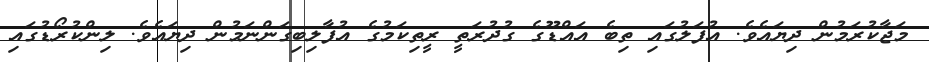
މަޖާކުރަމުން ދިޔައެވެ. އުފަލުގައި ތިބެ އައްޑޫގެ ގުދުރަތީ ރީތިކަމުގެ އުފާލިބިގަންނަމުން ދިޔައެވެ. ލިންކުރޯޑުގައި